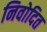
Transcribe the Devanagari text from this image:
निवोदित